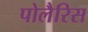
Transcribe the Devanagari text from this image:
पोलैरिस